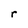
Character: r